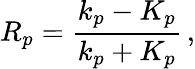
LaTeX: R_{p}=\frac{k_{p}-K_{p}}{k_{p}+K_{p}}\, ,